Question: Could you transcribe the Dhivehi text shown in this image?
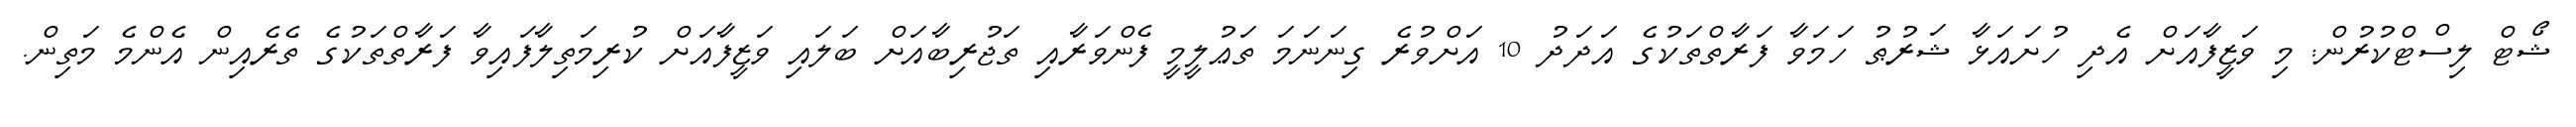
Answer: ޝޯޓް ލިސްޓްކުރުން: މި ވަޒީފާއަށް އެދި ހުށައަޅާ ޝަރުޠު ހަމަވާ ފަރާތްތަކުގެ އަދަދު 10 އަށްވުރެ ގިނަނަމަ ތަޢުލީމީ ފެންވަރާއި ތަޖުރިބާއަށް ބަލައި ވަޒީފާއަށް ކުރިމަތިލާފައިވާ ފަރާތްތަކުގެ ތެރެއިން އެންމެ މަތިން.